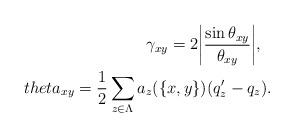
LaTeX: \begin{align*}\gamma_{xy}=2\bigg|\frac{\sin\theta_{xy}}{\theta_{xy}}\bigg|,\ \ \\theta_{xy}=\frac{1}{2}\sum_{z\in \Lambda} a_z(\{x, y\}) (q_z'-q_z).\end{align*}